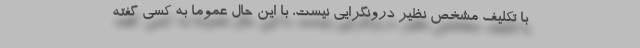
با تکلیفِ مشخص نظیرِ درونگرایی نیست، با این حال عموما به کسی گفته